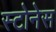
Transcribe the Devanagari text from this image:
स्टोनेस